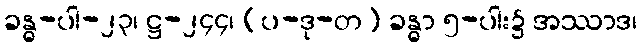
ခန္ဓ-ပါ-၂၃၊ ဋ္ဌ-၂၄၄၊ (ပ-ဒု-တ) ခန္ဓာ ၅-ပါး၌ အဿာဒ၊